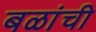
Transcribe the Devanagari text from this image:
बळांची